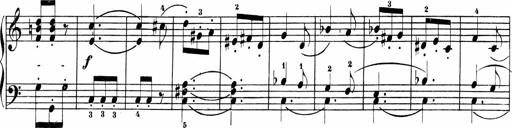
Title: Sonatinas
Composer: Andrew Violette